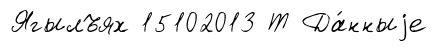
Ягылъях 15102013 Т Да́нныjе